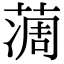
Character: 𦶌